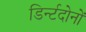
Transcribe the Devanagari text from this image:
डिर्न्टदोनों